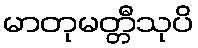
မာတုမတ္တီသုပိ